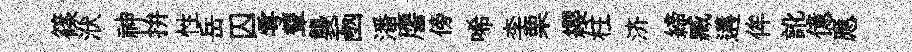
篠洑神拚性岳囚雩顰襲凾潘譍傍唏李栗纓柱济締臧遘侔訛億應